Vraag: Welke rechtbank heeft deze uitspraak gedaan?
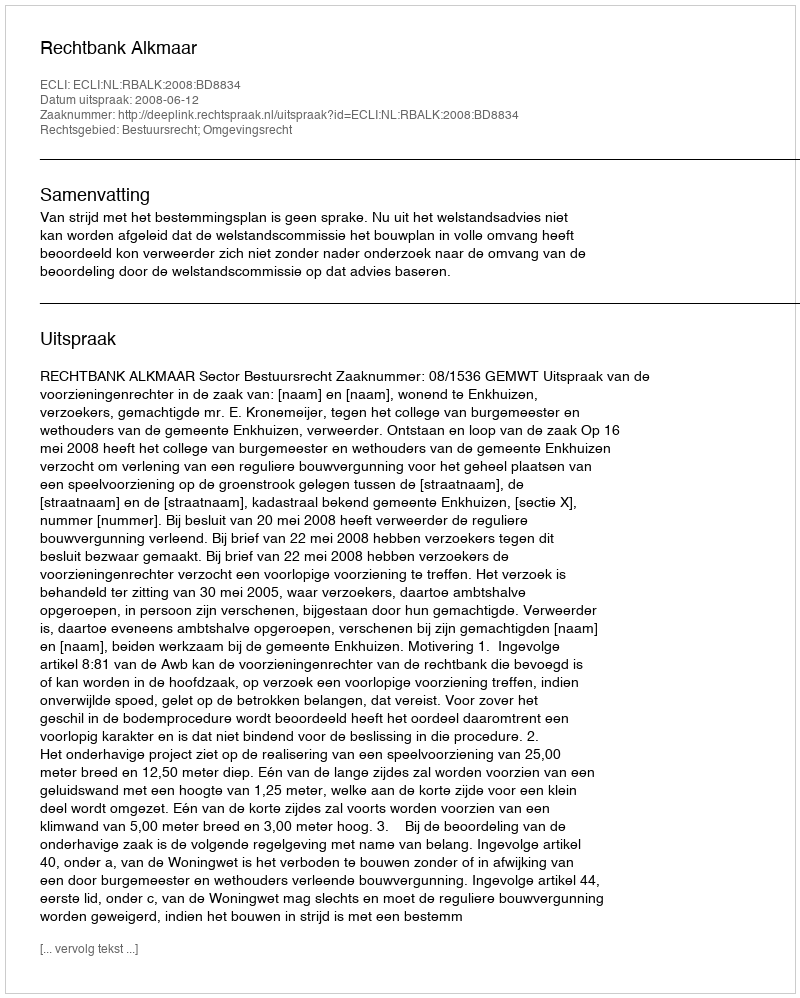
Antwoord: Rechtbank Alkmaar